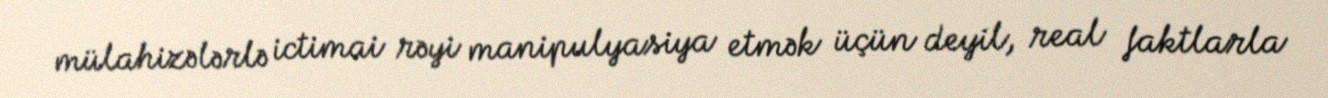
mülahizələrlə ictimai rəyi manipulyasiya etmək üçün deyil, real faktlarla